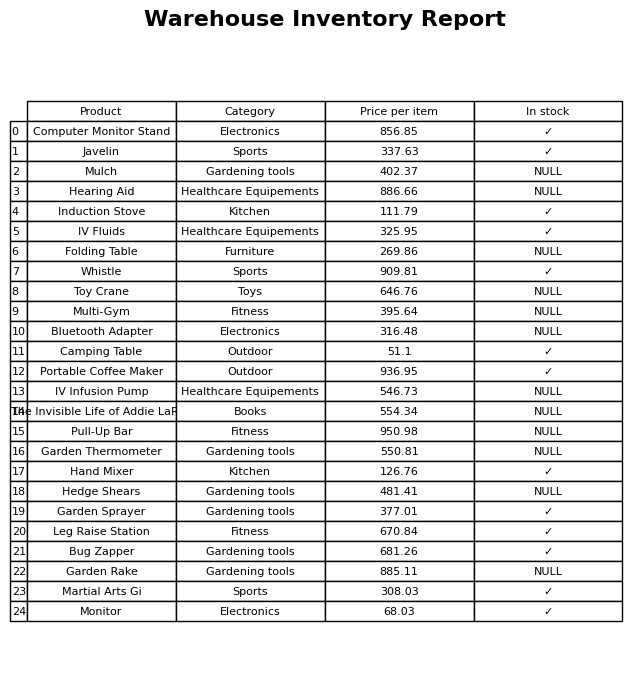
question: What is the price of the Hedge Shears?
answer: The price of Hedge Shears is 481.41.